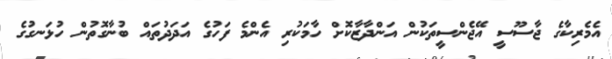
އެމެރިކާގެ ޖާސޫސީ އޭޖެންސީތަކުން އަންދާޒާކޮށް ހާމަކުރި އެންމެ ފަހުގެ އަދަދުތައް ބުނާގޮތުން ހުޅަނގުގެ